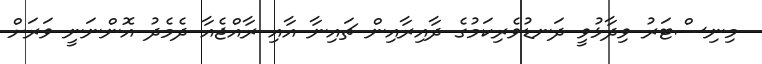
މިނިސްޓަރު ވިދާޅުވީ ދަނޑުވެރިކަމުގެ ދާއިރާއިން ޗައިނާ އާއި ރާއްޖެއާ ދެމެދު އޮންނަނީ ވަރަށް